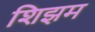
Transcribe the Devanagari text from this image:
शिझम